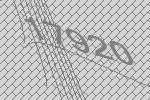
17920